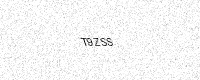
Text: T9ZSS